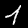
Label: 1